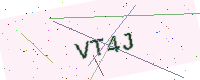
Text: VT4J